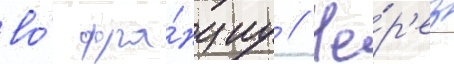
во́ фра́нциу // Че́р'ез